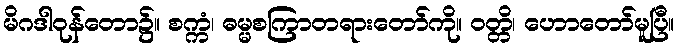
မိဂဒါဝုန်တော၌။ စက္ကံ၊ ဓမ္မစကြာတရားတော်ကို။ ဝတ္တိ၊ ဟောတော်မူပြီ။